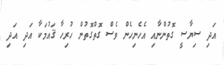
އަދި ސިޔާސީ ގޮތުންނާއި އެހެނިހެން ވެސް ގޮތްގޮތުން ހުރިހާ ޤައުމަކާ އަދި އަދި